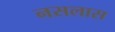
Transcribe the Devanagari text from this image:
नसलास